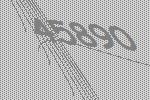
45890